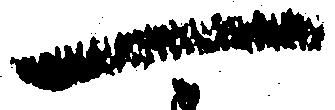
一